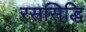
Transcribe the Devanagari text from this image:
रससिद्धि